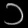
Digit: ၁